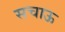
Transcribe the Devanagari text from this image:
सचाऊ